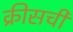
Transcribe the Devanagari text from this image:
क्रीसची